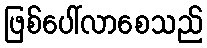
ဖြစ်ပေါ်လာစေသည်